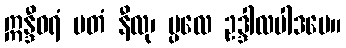
ဣန္ဒီဝရံ မတံ နီလု၊ ပ္ပလေ ဥဒ္ဒါလပါဒပေ။